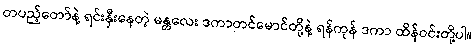
တပည့်တော်နဲ့ ရင်းနှီးနေတဲ့ မန္တလေး ဒကာတင်မောင်တို့နဲ့ ရန်ကုန် ဒကာ ထိန်ဝင်းတို့ပါ။